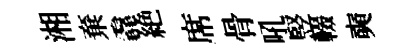
湘棄毳絶席骨吼竪輟奭